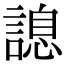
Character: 𧪩